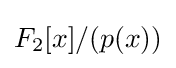
F_{2}[x]/(p(x))